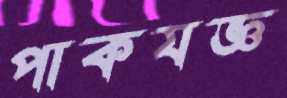
পাকযজ্ঞ